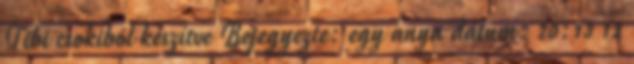
Tibi csokiból készítve Bejegyezte: egy anya dátum: 20:13 12